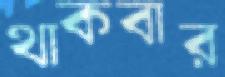
থাকবার